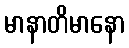
မာနာတိမာနော